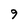
Character: 9